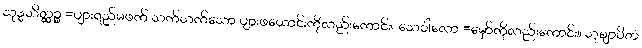
သုဒ္ဓသိတ္ထဉ္စ =ပျားရည်မဖက် သက်သက်သော ပျားဖယောင်းကိုလည်းကောင်း။ သေဝါလော =မှော်ကိုလည်းကောင်း။ သုဈာပိတံ